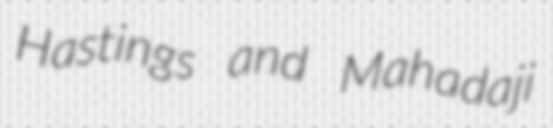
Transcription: Hastings and Mahadaji